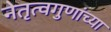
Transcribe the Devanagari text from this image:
नेतृत्वगुणांच्या